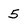
Character: 5